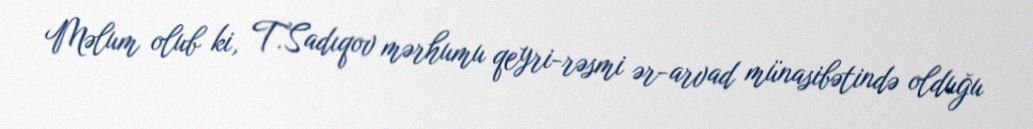
Məlum olub ki, T.Sadıqov mərhumu qeyri-rəsmi ər-arvad münasibətində olduğu